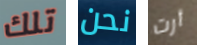
تلك نحن أرت